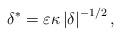
LaTeX: \begin{align*}\delta^{\ast}=\varepsilon \kappa \left \vert \delta \right \vert ^{-1/2},\end{align*}